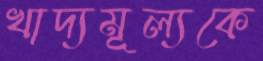
খাদ্যমূল্যকে